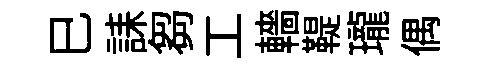
巳誄芻工轖鞮瓏偶